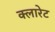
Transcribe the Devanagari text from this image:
क्लारेट